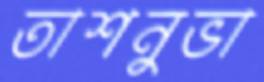
তাশনুভা